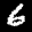
Label: 6